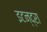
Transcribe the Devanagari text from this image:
इटन्द्रा